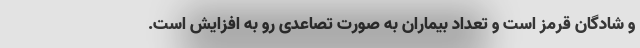
و شادگان قرمز است و تعداد بیماران به صورت تصاعدی رو به افزایش است.